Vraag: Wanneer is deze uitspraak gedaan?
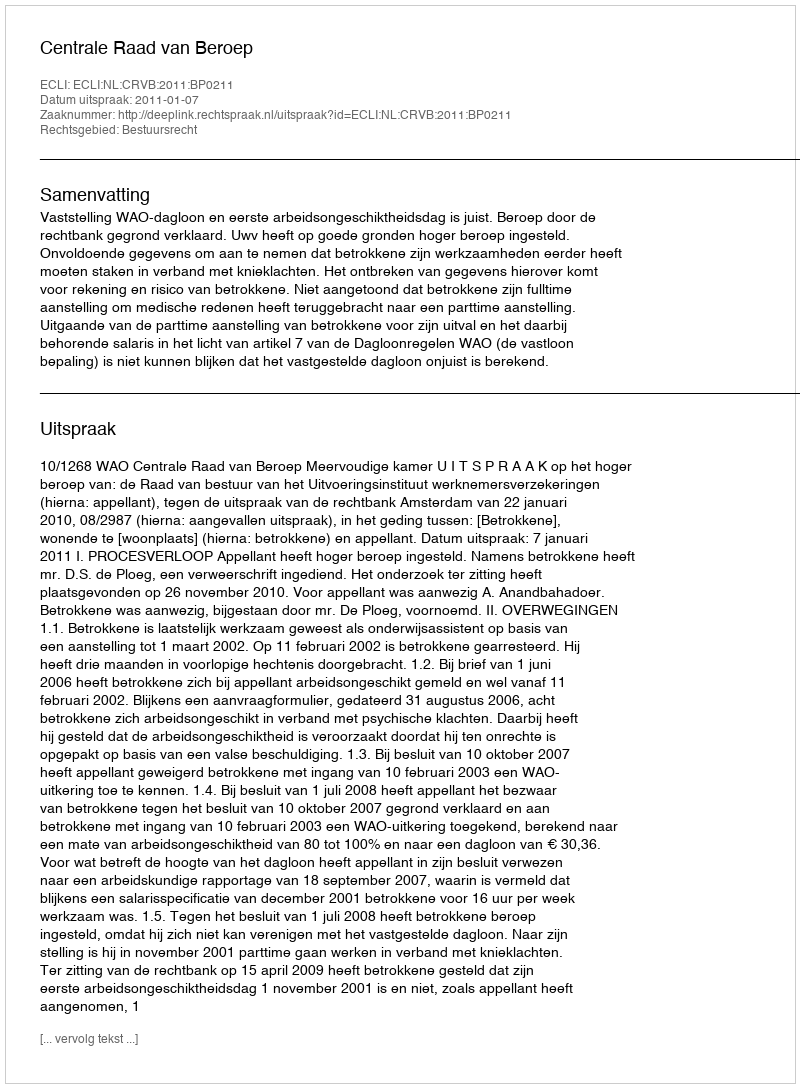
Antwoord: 2011-01-07